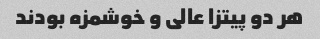
هر دو پیتزا عالی و خوشمزه بودند